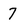
Character: 7